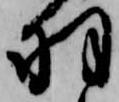
羽